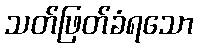
သတ်ဖြတ်ခံရသော